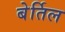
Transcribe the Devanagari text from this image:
बेर्तिल